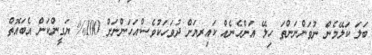
ބަލަ ކަލޭމެން ނުވަންނަންތަ ހިލޭ އަންހެނެއް ކައިރޔަށް ދުވަހަކުވެސް.އަހަންނަށް 100% ޔަގީންކަން އެބައޮތް